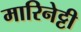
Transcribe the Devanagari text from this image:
मारिनेट्टी